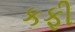
કફી